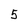
Character: 5